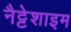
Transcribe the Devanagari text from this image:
नैट्टेशाइम